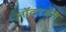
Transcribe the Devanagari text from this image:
नॉटरडेम